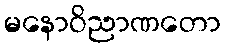
မနောဝိညာဏတော